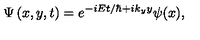
\Psi \left( x , y , t \right) = e ^ { - i E t / \hbar + i k _ { y } y } \psi ( x ) ,